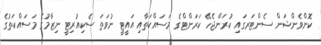
ކޮންވެންޝަން ސެންޓަރގައި ކުރަންޖެހޭ ކަރަންޓްގެ މަސައްކަތާއި އައީޓީ ނުވަތަ ސެކިއުރިޓީ ނިޒާމުގެ މަސައްކަތުގެ